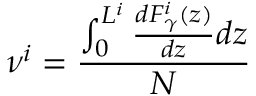
\nu ^ { i } = \frac { \int _ { 0 } ^ { L ^ { i } } \frac { d F _ { \gamma } ^ { i } ( z ) } { d z } d z } { N }